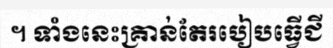
។ ទាំងនេះគ្រាន់តែរបៀបធ្វើជី